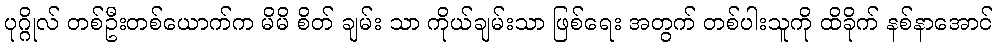
ပုဂ္ဂိုလ် တစ်ဦးတစ်ယောက်က မိမိ စိတ် ချမ်း သာ ကိုယ်ချမ်းသာ ဖြစ်ရေး အတွက် တစ်ပါးသူကို ထိခိုက် နစ်နာအောင်